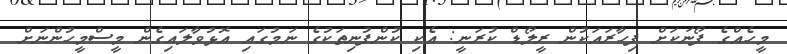
މީހެއްގެ ފޯނަކަށް ފިހާރައަކުން ރީލޯޑް ކުރަނީ: އެކި ކުންފުނިތަކުގެ ނަމުގައި އޮޅުވާލައިގެން މީސްމީހުންނަށް